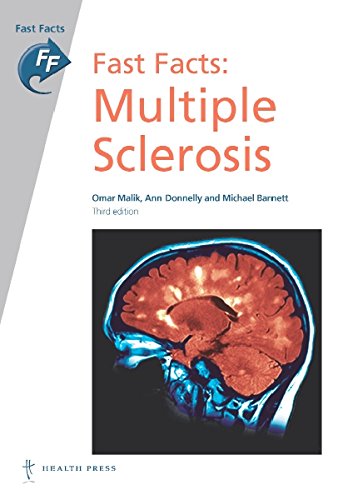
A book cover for Fast Facts: Multiple Sclerosis; Omar Malik; Health, Fitness & Dieting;